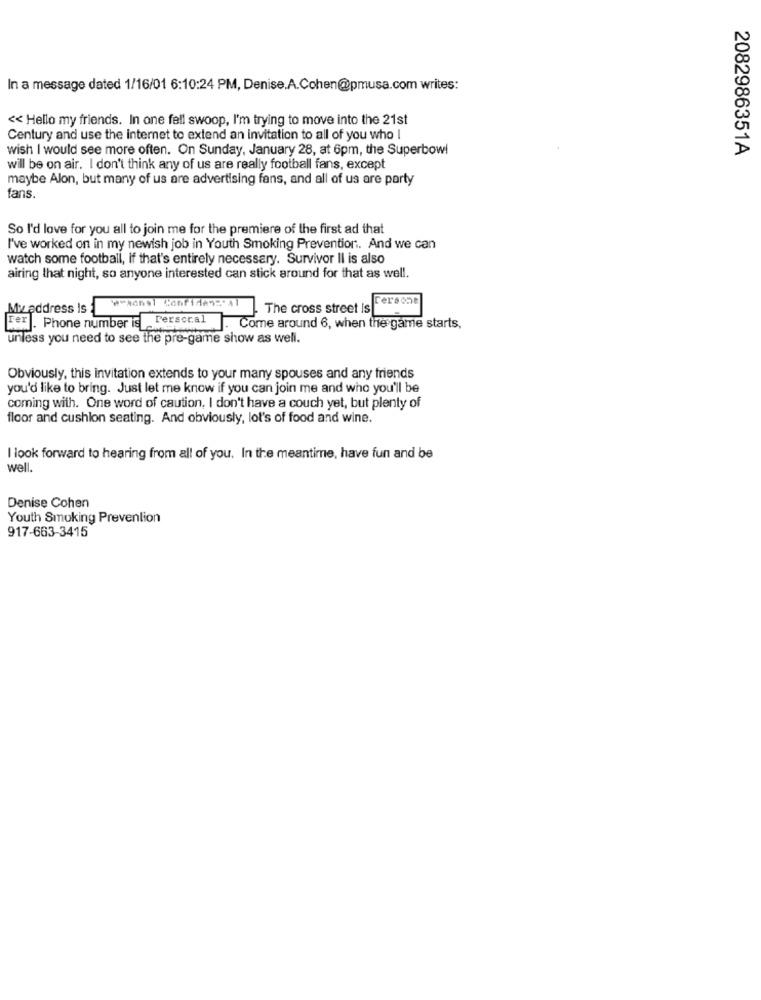
In a message dated 1/16/01 6:10:24 PM, Denise.A.Cohen@pmusa.com writes:
<< Hello my friends. In one fell swoop, I'm trying to move into the 21st
Century and use the internet to extend an invitation to all of you who I
wish I would see more often. On Sunday, January 28, at 6pm, the Superbowl
2082986351A
will be on air. I don't think any of us are really football fans, except
maybe Alon, but many of us are advertising fans, and all of us are party
fans.
So I'd love for you all to join me for the premiere of the first ad that
I've worked on in my newish job in Youth Smoking Prevention. And we can
watch some football, if that's entirely necessary. Survivor Il is also
airing that night, so anyone interested can stick around for that as well.
ersone
My address is
*** da9| Confides == 41
The cross street is
unless you need to see the pre-game show as well.
For Beforecca .. . Come around 6, when the game starts,
Obviously, this invitation extends to your many spouses and any friends
you'd like to bring. Just let me know if you can join me and who you'll be
coming with. One word of caution, I don't have a couch yet, but plenty of
floor and cushion seating. And obviously, lol's of food and wine.
I look forward to hearing from all of you. In the meantime, have fun and be
well.
Denise Cohen
Youth Smoking Prevention
917-663-3415